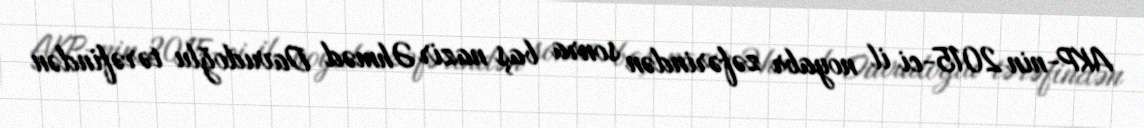
AKP-nin 2015-ci il noyabr zəfərindən sonra baş nazir Əhməd Davudoğlu tərəfindən